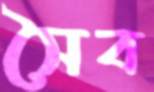
সৈব